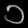
Digit: ၁